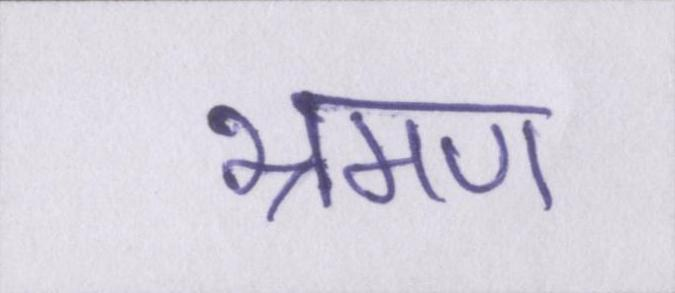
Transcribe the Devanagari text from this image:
भ्रमण